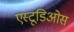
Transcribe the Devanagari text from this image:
एस्टूडिओस